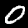
Digit: 0